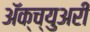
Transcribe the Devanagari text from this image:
अॅक्च्युअरी